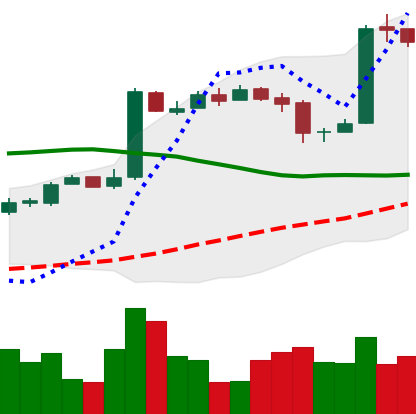
Ticker: BTC-USD
Chart end date: 2016-10-24
Forward return: 9.288%
Label: up_7plus